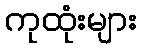
ကုထုံးများ